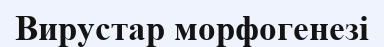
Вирустар морфогенезі